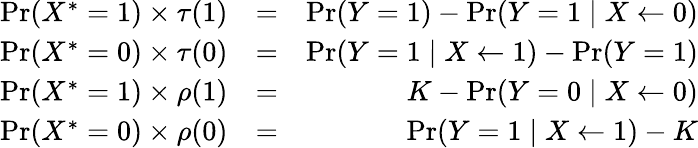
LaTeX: \begin{array}{rlr}{{\operatorname*{Pr}(X^{*}=1)}\times\tau(1)}&{=}&{{\operatorname*{Pr}(Y=1)-\operatorname*{Pr}(Y=1\mid X\leftarrow 0)}}\\ {{\operatorname*{Pr}(X^{*}=0)}\times\tau(0)}&{=}&{{\operatorname*{Pr}(Y=1\mid X\leftarrow 1)-\operatorname*{Pr}(Y=1)}}\\ {{\operatorname*{Pr}(X^{*}=1)}\times\rho(1)}&{=}&{K-\operatorname*{Pr}(Y=0\mid X\leftarrow 0)}\\ {{\operatorname*{Pr}(X^{*}=0)}\times\rho(0)}&{=}&{\operatorname*{Pr}(Y=1\mid X\leftarrow 1)-K}\end{array}